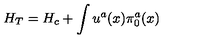
H _ { T } = H _ { c } + \int u ^ { a } ( x ) \pi _ { 0 } ^ { a } ( x )